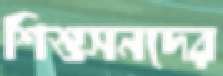
শিশুসনদের